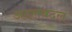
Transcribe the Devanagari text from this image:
अदलबदल